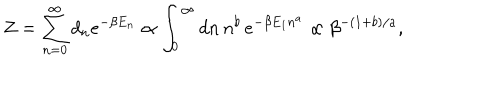
Z = \sum _ { n = 0 } ^ { \infty } d _ { n } e ^ { - \beta E _ { n } } \propto \int _ { 0 } ^ { \infty } d n \, n ^ { b } \, e ^ { - \beta E _ { 1 } n ^ { a } } \propto \beta ^ { - ( 1 + b ) / a } ,